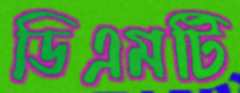
ডিএমটি